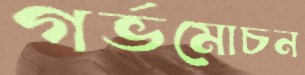
গর্ভমোচন